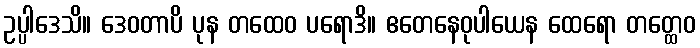
ဥပ္ပါဒေသိ။ ဒေဝတာပိ ပုန တထေဝ ပရောဒိ။ ဧတေနေဝုပါယေန ထေရော တတ္ထေဝ